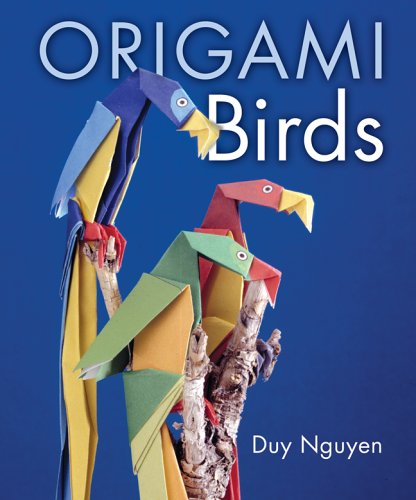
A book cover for Origami Birds; Duy Nguyen; Teen & Young Adult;